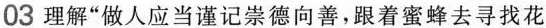
03 理解“做人应当谨记向善，跟着蜜蜂去寻找花